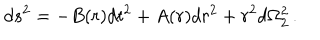
d s ^ { 2 } = - B ( r ) d t ^ { 2 } + A ( r ) d r ^ { 2 } + r ^ { 2 } d \Omega _ { 2 } ^ { 2 } \, .